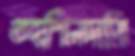
তহশিলদারি